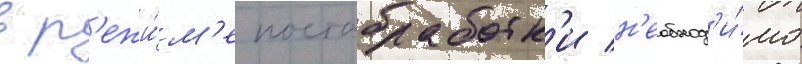
в р'ежи́м'е постобработк'и н'еобход'и́мо